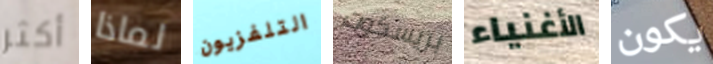
أكثر لماذا التلفزيون بريسكوت الأغنياء يكون